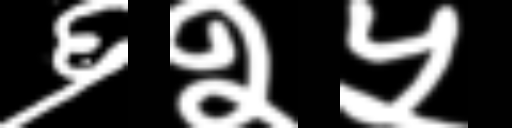
Text: ६२५